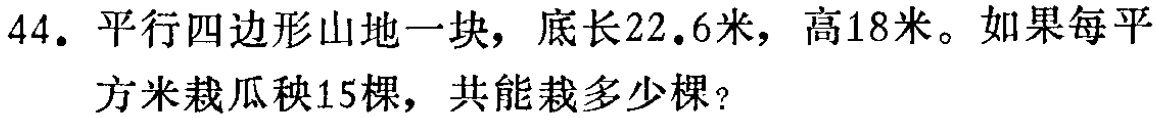
44. 平行四边形山地一块，底长$22.6$米，高$18$米。如果每平方米栽瓜秧$15$棵，共能栽多少棵？